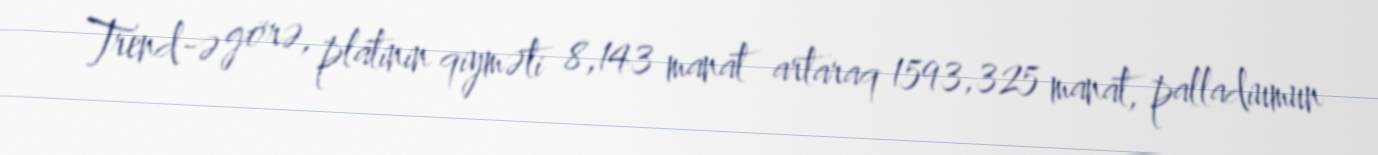
Trend-ə görə, platinin qiyməti 8,143 manat artaraq 1593,325 manat, palladiumun